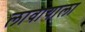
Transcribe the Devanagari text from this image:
लावायाला